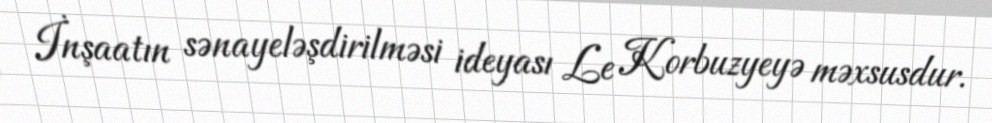
İnşaatın sənayeləşdirilməsi ideyası Le Korbuzyeyə məxsusdur.